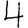
Digit: 4